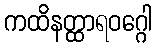
ကထိနတ္ထာရဝဂ္ဂေါ